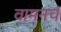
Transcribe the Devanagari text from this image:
वामनचं